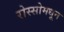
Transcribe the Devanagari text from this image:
रोस्सोमधून